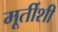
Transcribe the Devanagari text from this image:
मूर्तीशी